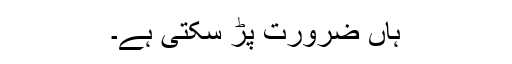
ہاں ضرورت پڑ سکتی ہے۔